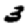
Digit: 3